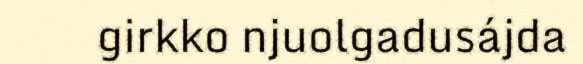
girkko njuolgadusájda